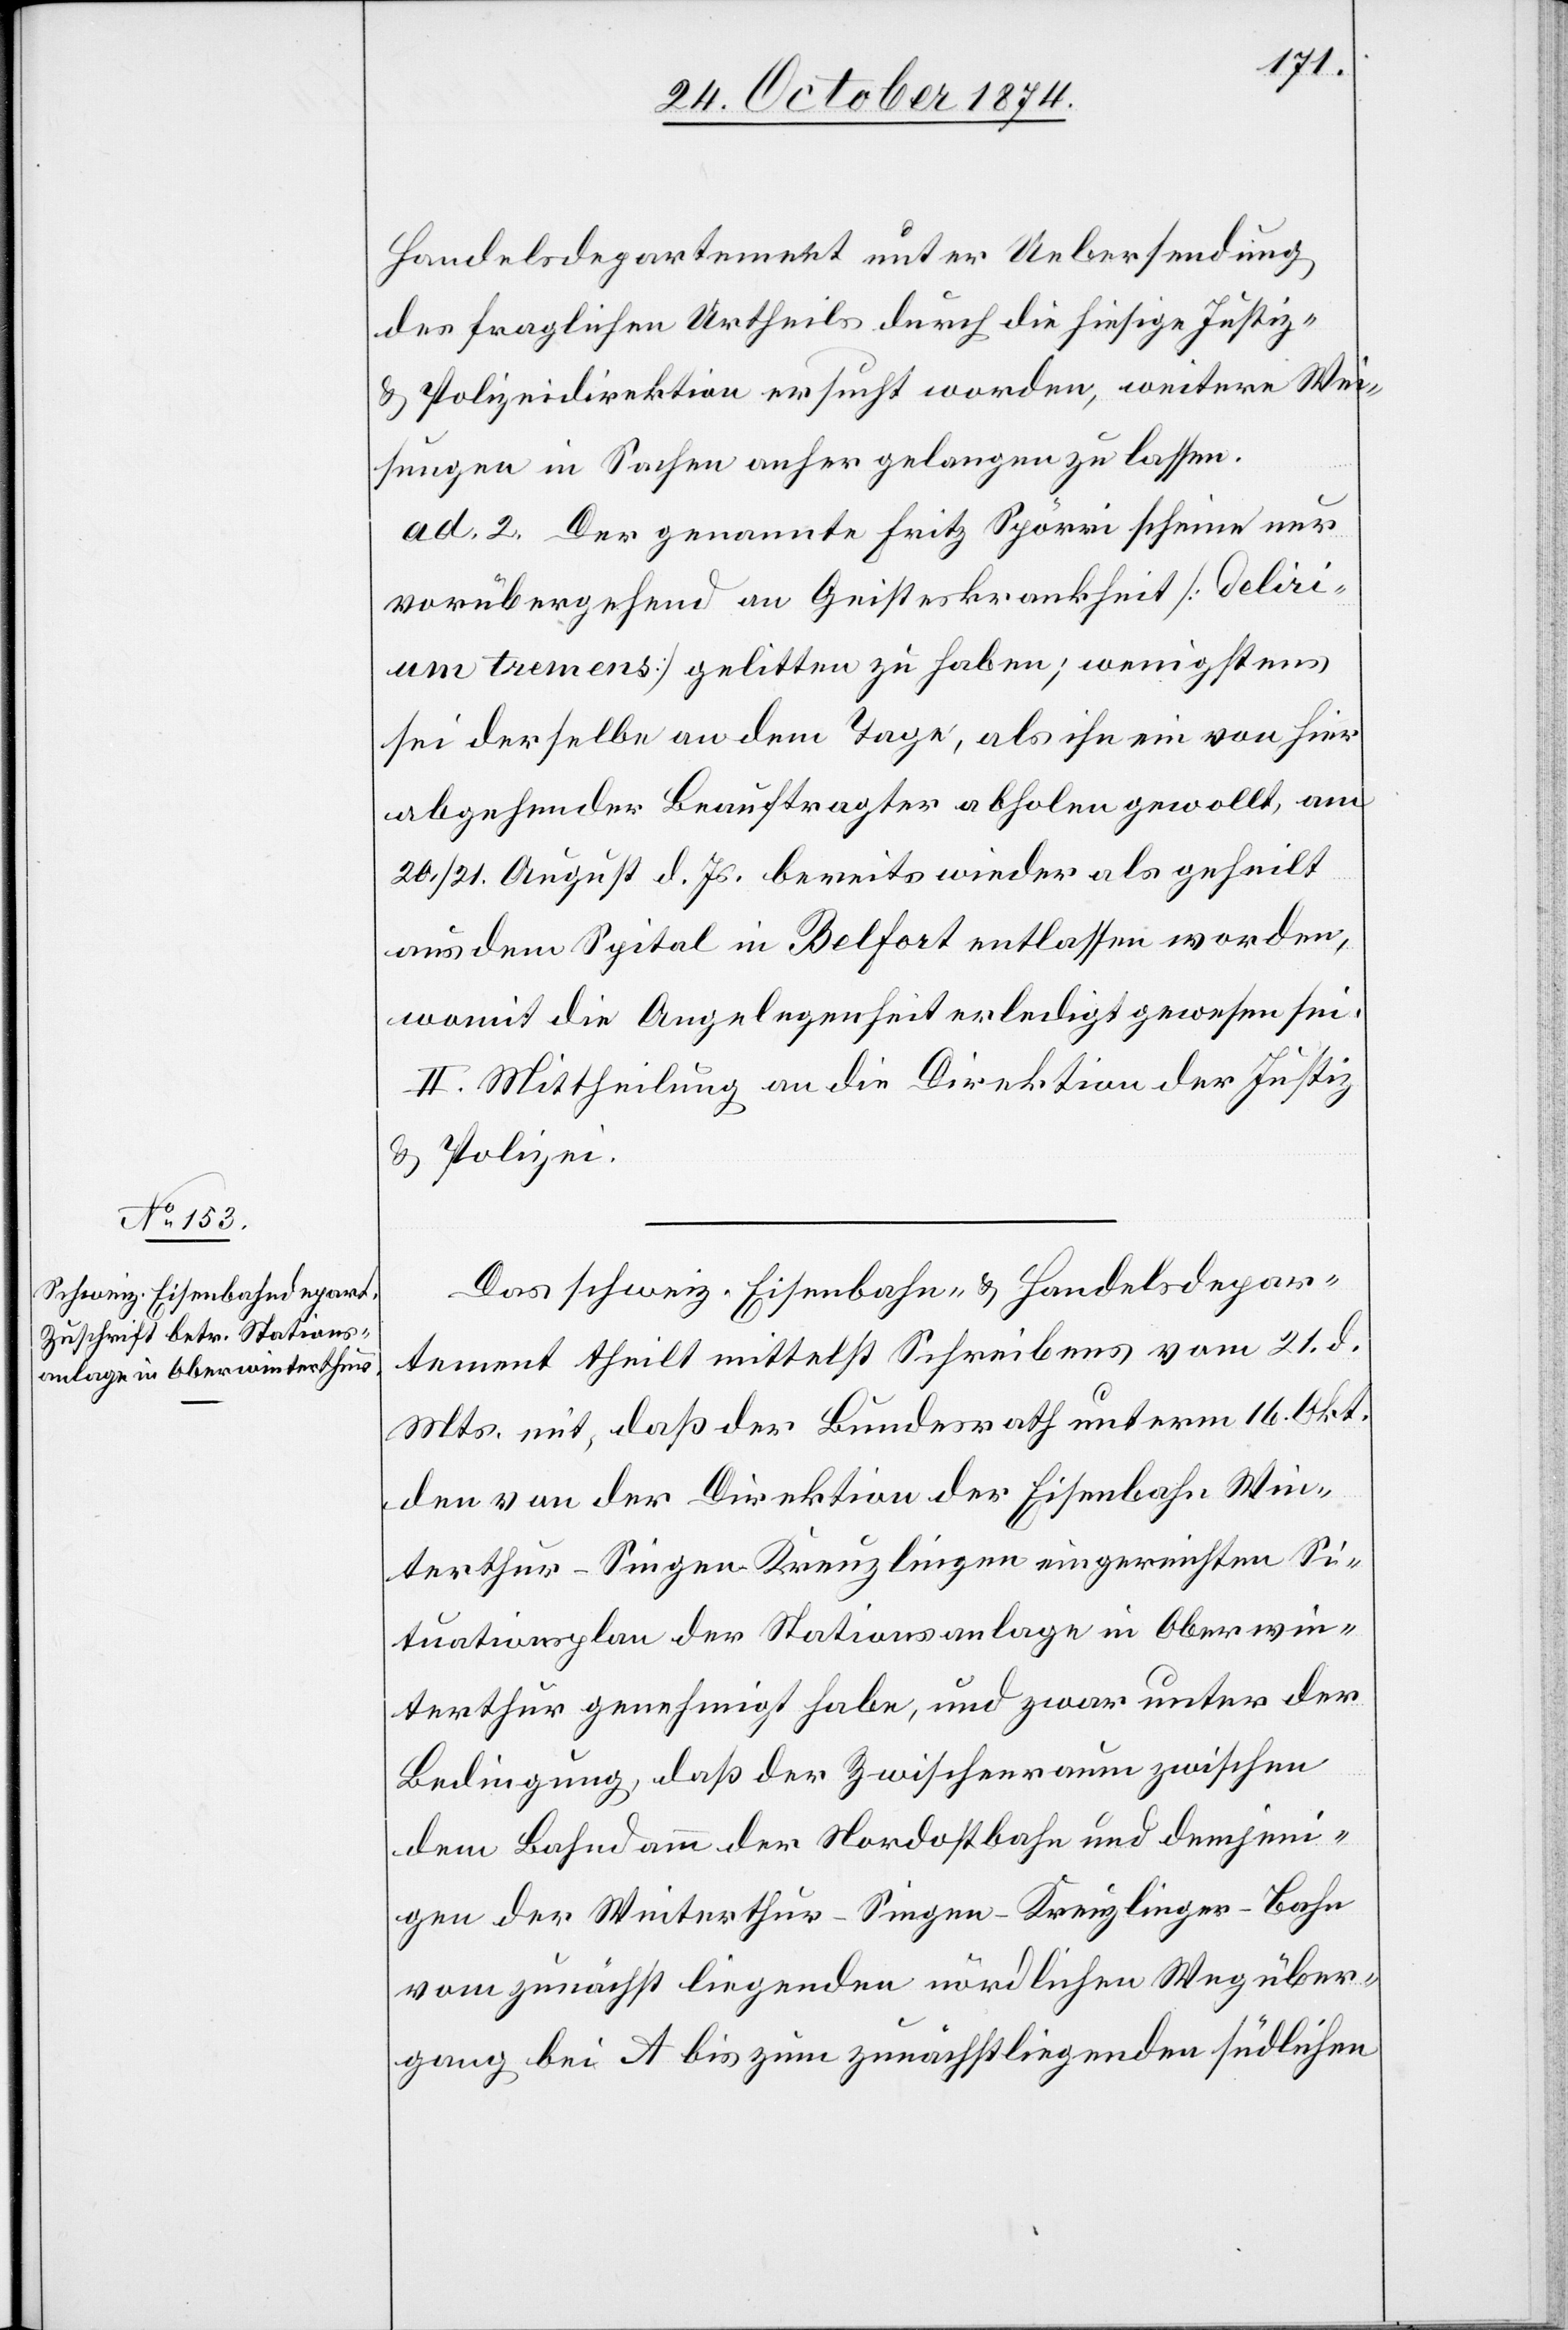
Handelsdepartement unter Uebersendung
des fraglichen Urtheils durch die hiesige Justiz-
& Polizeidirektion ersucht worden, weitere Wei¬
sungen in Sachen anher gelangen zu lassen.
ad. 2. Der genannte Fritz Spörri scheine nur
vorübergehend an Geisteskrankheit [delir¬
ium tremens] gelitten zu haben; wenigstens
sei derselbe an dem Tage, als ihn ein von hier
abgehender Beauftragter abholen gewollt, am
20./21. August d. Js. bereits wieder als geheilt
aus dem Spital in Belfort entlassen worden,
womit die Angelegenheit erledigt gewesen sei.
II. Mittheilung an die Direktion der Justiz
& Polizei.
Das schweiz. Eisenbahn- & Handelsdepar¬
tement theilt mittelst Schreibens vom 21. d.
Mts. mit, daß der Bundesrath unterm 16. Okt.
den von der Direktion der Eisenbahn Win¬
terthur–Singen–Kreuzlingen eingereichten Si¬
tuationsplan der Stationsanlage in Oberwin¬
terthur genehmigt habe, und zwar unter der
Bedingung, daß der Zwischenraum zwischen
dem Bahndamm der Nordostbahn und demjeni¬
gen der Winterthur–Singen–Kreuzlingen-Bahn
vom zunächst liegenden nördlichen Wegüber¬
gang bei A bis zum zunächstliegenden südlichen